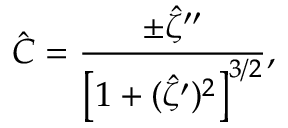
\hat { C } = \frac { \pm \hat { \zeta } ^ { \prime \prime } } { \left[ 1 + ( \hat { \zeta } ^ { \prime } ) ^ { 2 } \right] ^ { 3 / 2 } } ,